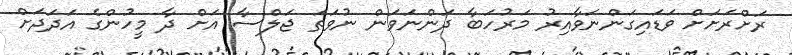
ރަށްރަށަށް ވަޑައިގަންނަވާއިރު މަރުހަބާ ދަންނަވަން ނުވަތަ ޖަލްސާ އަށް ދާ މީހުންގެ އަދަދަށް